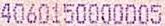
4060150000005